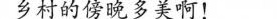
乡村的傍晚多美啊！